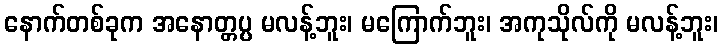
နောက်တစ်ခုက အနောတ္တပ္ပ မလန့်ဘူး၊ မကြောက်ဘူး၊ အကုသိုလ်ကို မလန့်ဘူး၊